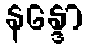
နန္ဒော